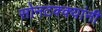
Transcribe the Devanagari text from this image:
सोनटक्क्यांनी